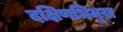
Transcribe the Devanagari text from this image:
दक्षिणभिमुख